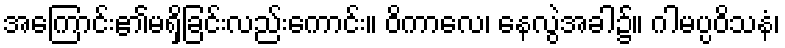
အကြောင်း၏မရှိခြင်းလည်းကောင်း။ ဝိကာလေ၊ နေလွဲအခါ၌။ ဂါမပ္ပဝိသနံ၊